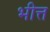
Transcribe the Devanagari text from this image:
भीत्त